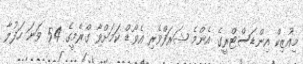
މިއުޒިކް އިންޑަސްޓްރީގެ އެންމެ ޝަރަފްވެރި އެވޯޑް ކަމަށްވާ ގްރެމީގެ 54 ވަނަ ހަފުލާ